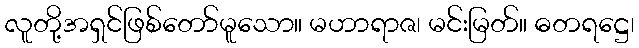
လူတို့အရှင်ဖြစ်တော်မူသော။ မဟာရာဇ၊ မင်းမြတ်။ ဓတရဋ္ဌေ၊